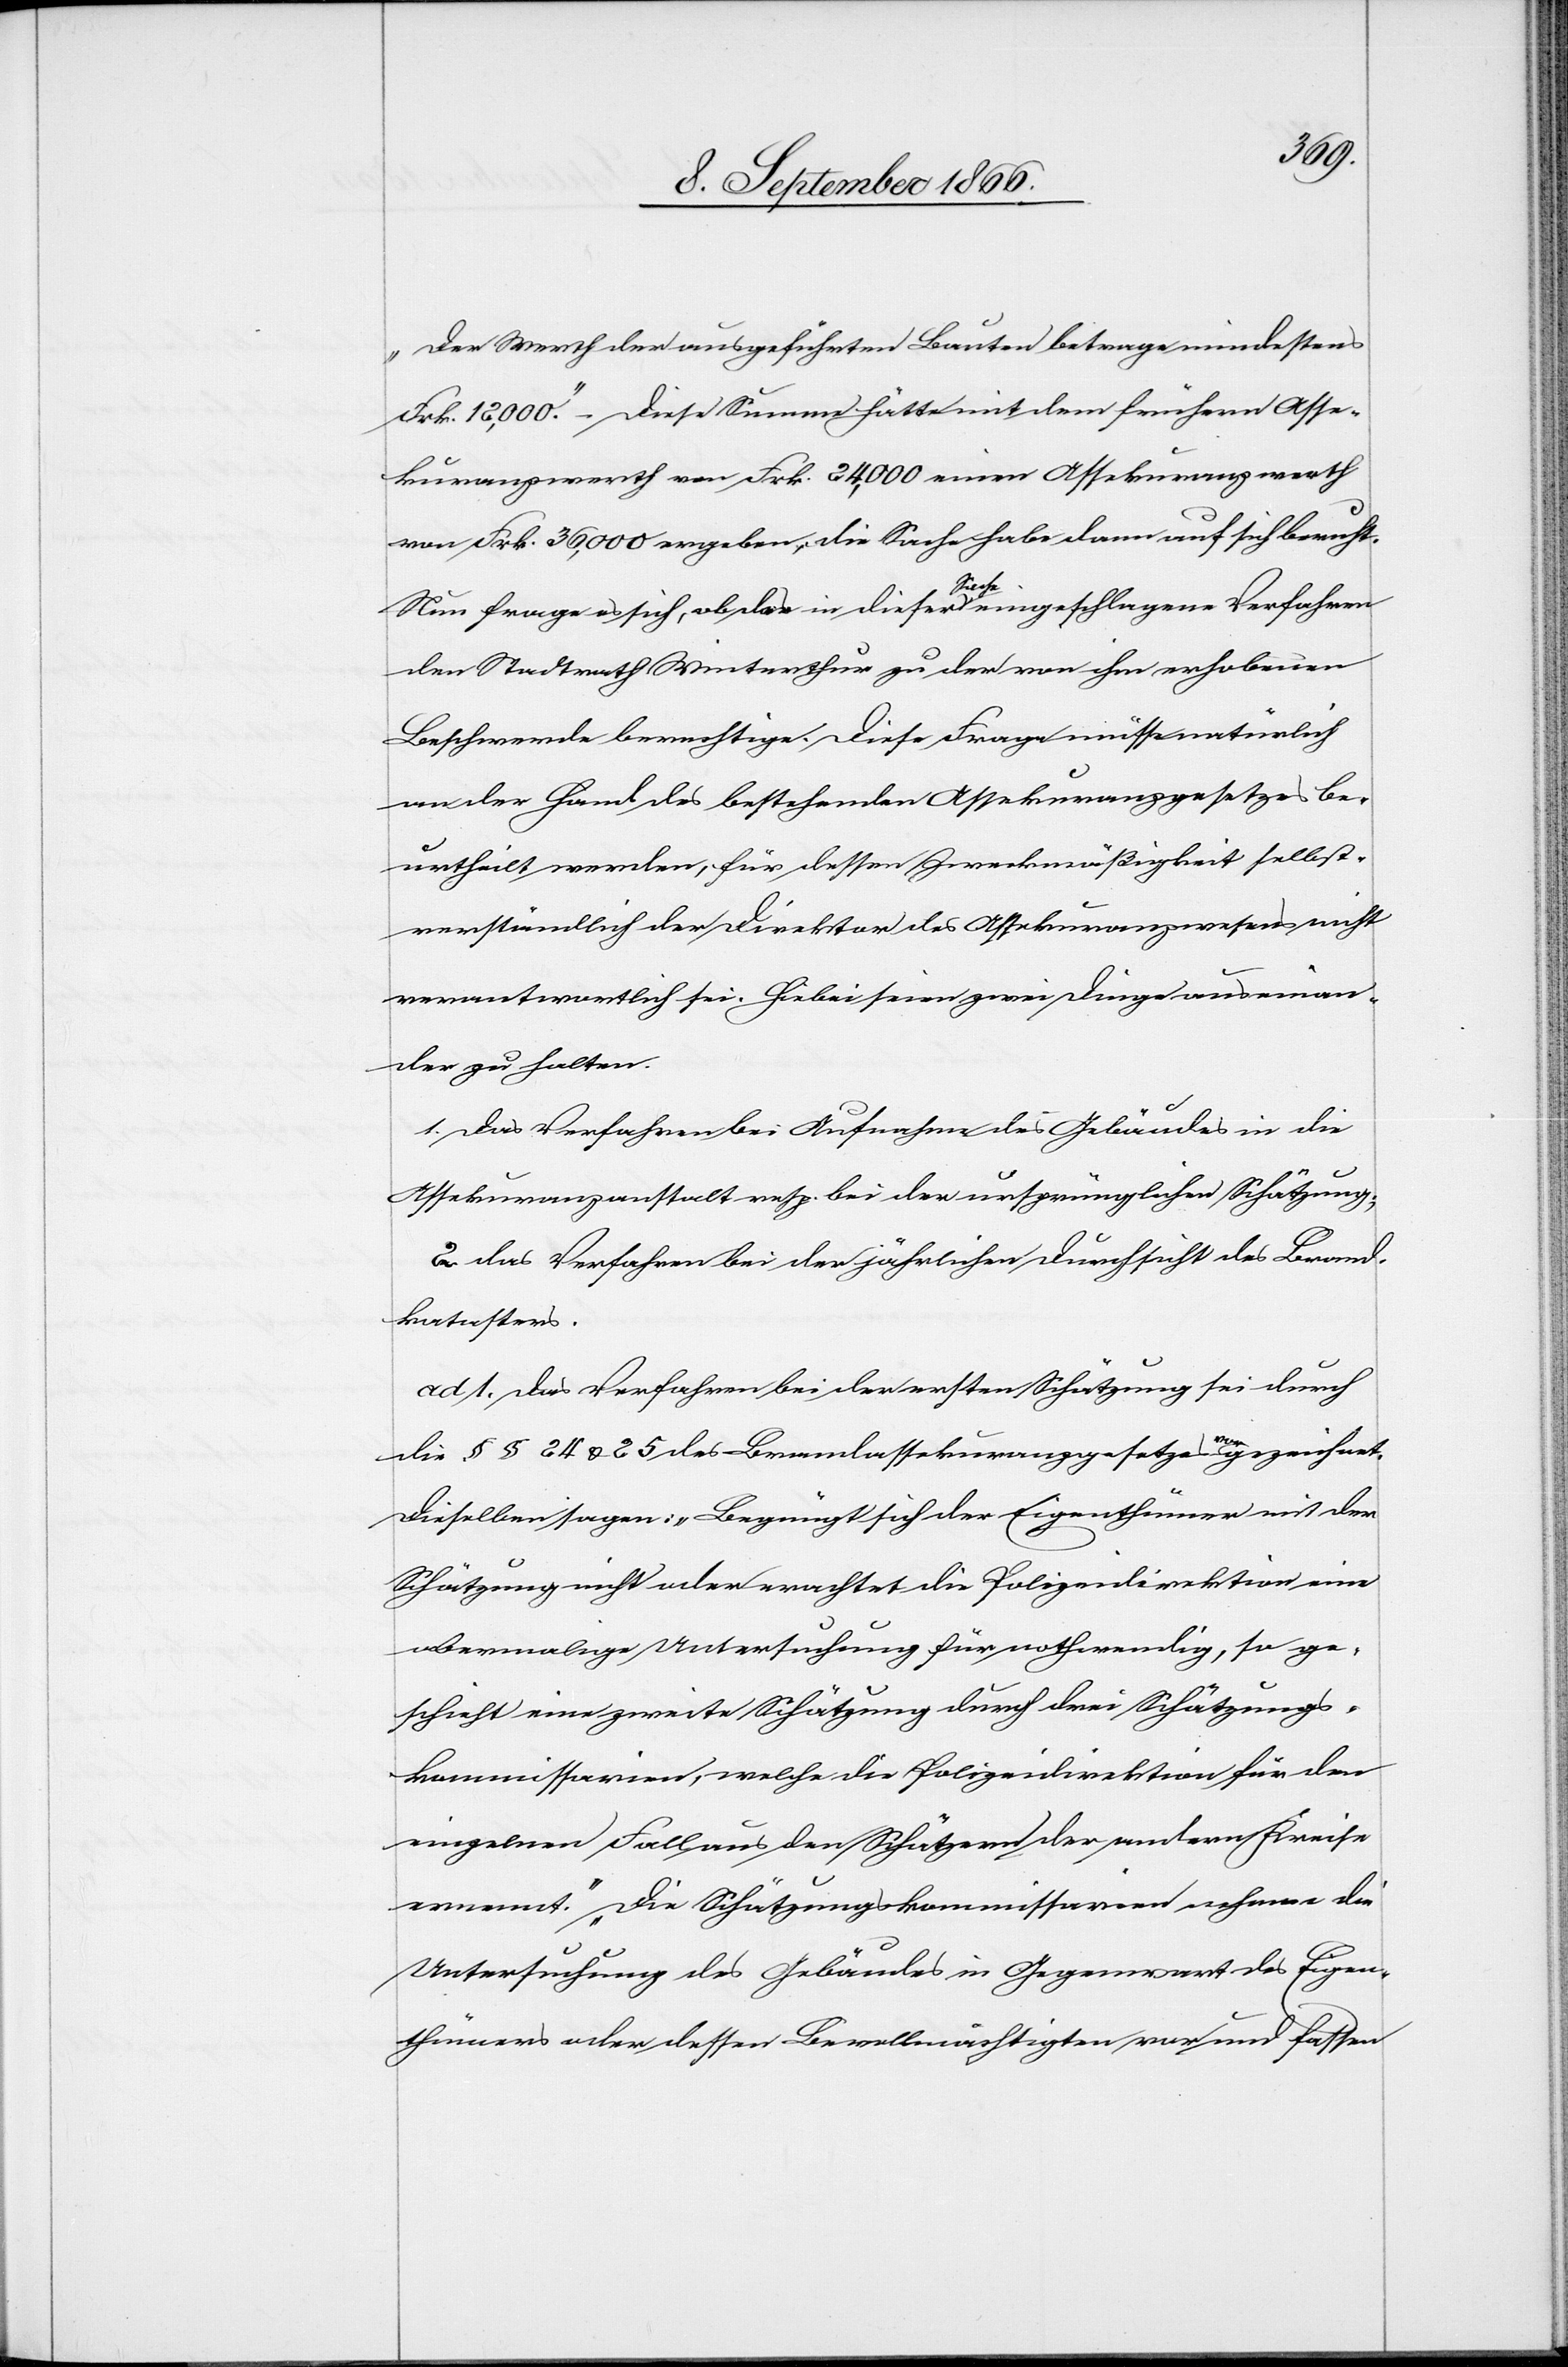
„Der Werth der ausgeführten Bauten betrage mindestens
Frk. 12 000.“ – Diese Summe hätte mit dem frühern Asse¬
kuranzwerth von Frk. 24 000 einen Assekuranzwerth
von Frk. 36 000 ergeben, die Sache habe dann auf sich beruht.
Nun frage es sich, ob das in dieser Sache eingeschlagene Verfahren
den Stadtrath Winterthur zu der von ihm erhobenen
Beschwerde berechtige. Diese Frage müsse natürlich
an der Hand des bestehenden Assekuranzgesetzes be¬
urtheilt werden, für dessen Zweckmäßigkeit selbst¬
verständlich der Direktor des Assekuranzwesens nicht
verantwortlich sei. Hiebei seien zwei Dinge auseinan¬
der zu halten.
1. Das Verfahren bei Aufnahme des Gebäudes in die
Assekuranzanstalt. resp. bei der ursprünglichen Schatzung.
2. das Verfahren bei der jährlichen Durchsicht des Brand¬
katasters.
ad 1. Das Verfahren bei der ersten Schätzung sei durch
die § § 24 u. 25 des Brandassekuranzgesetzes vorgezeichnet.
Dieselben sagen: „Begnügt sich der Eigenthümer mit der
Schätzung nicht oder erachtet die Polizeidirektion eine
abermalige Untersuchung für nothwendig, so ge¬
schieht eine zweite Schätzung durch drei Schätzungs¬
kommissionen, welche die Polizeidirektion für den
einzelnen Fall aus den Schätzern der andern Kreise
ernennt.“ „Die Schätzungskommissarien nehmen die
Untersuchung des Gebäudes in Gegenwart des Eigen¬
thümers oder dessen Bevollmächtigen vor und fassen